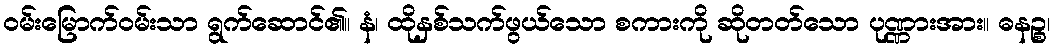
ဝမ်းမြောက်ဝမ်းသာ ရွက်ဆောင်၏။ နံ၊ ထိုနှစ်သက်ဖွယ်သော စကားကို ဆိုတတ်သော ပုဏ္ဏားအား။ ဓနဉ္စ၊